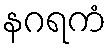
နဂရကံ